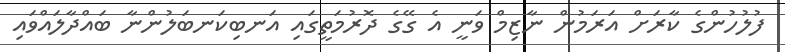
ފުލުހުންގެ ކާރަށް އަރަމުން ނާޒިމް ވަނީ އެ ގޭގެ ދޮރުމަތީގައި އަނބިކަނބަލުންނާ ބައްދާލައްވައި